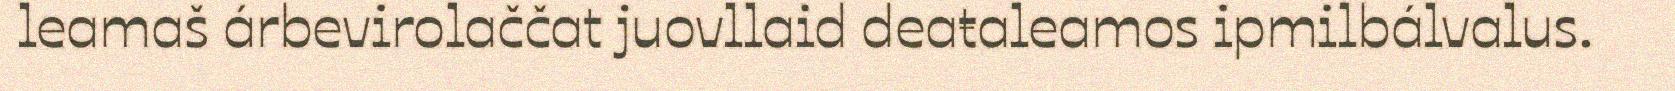
leamaš árbevirolaččat juovllaid deaŧaleamos ipmilbálvalus.